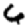
Digit: 6